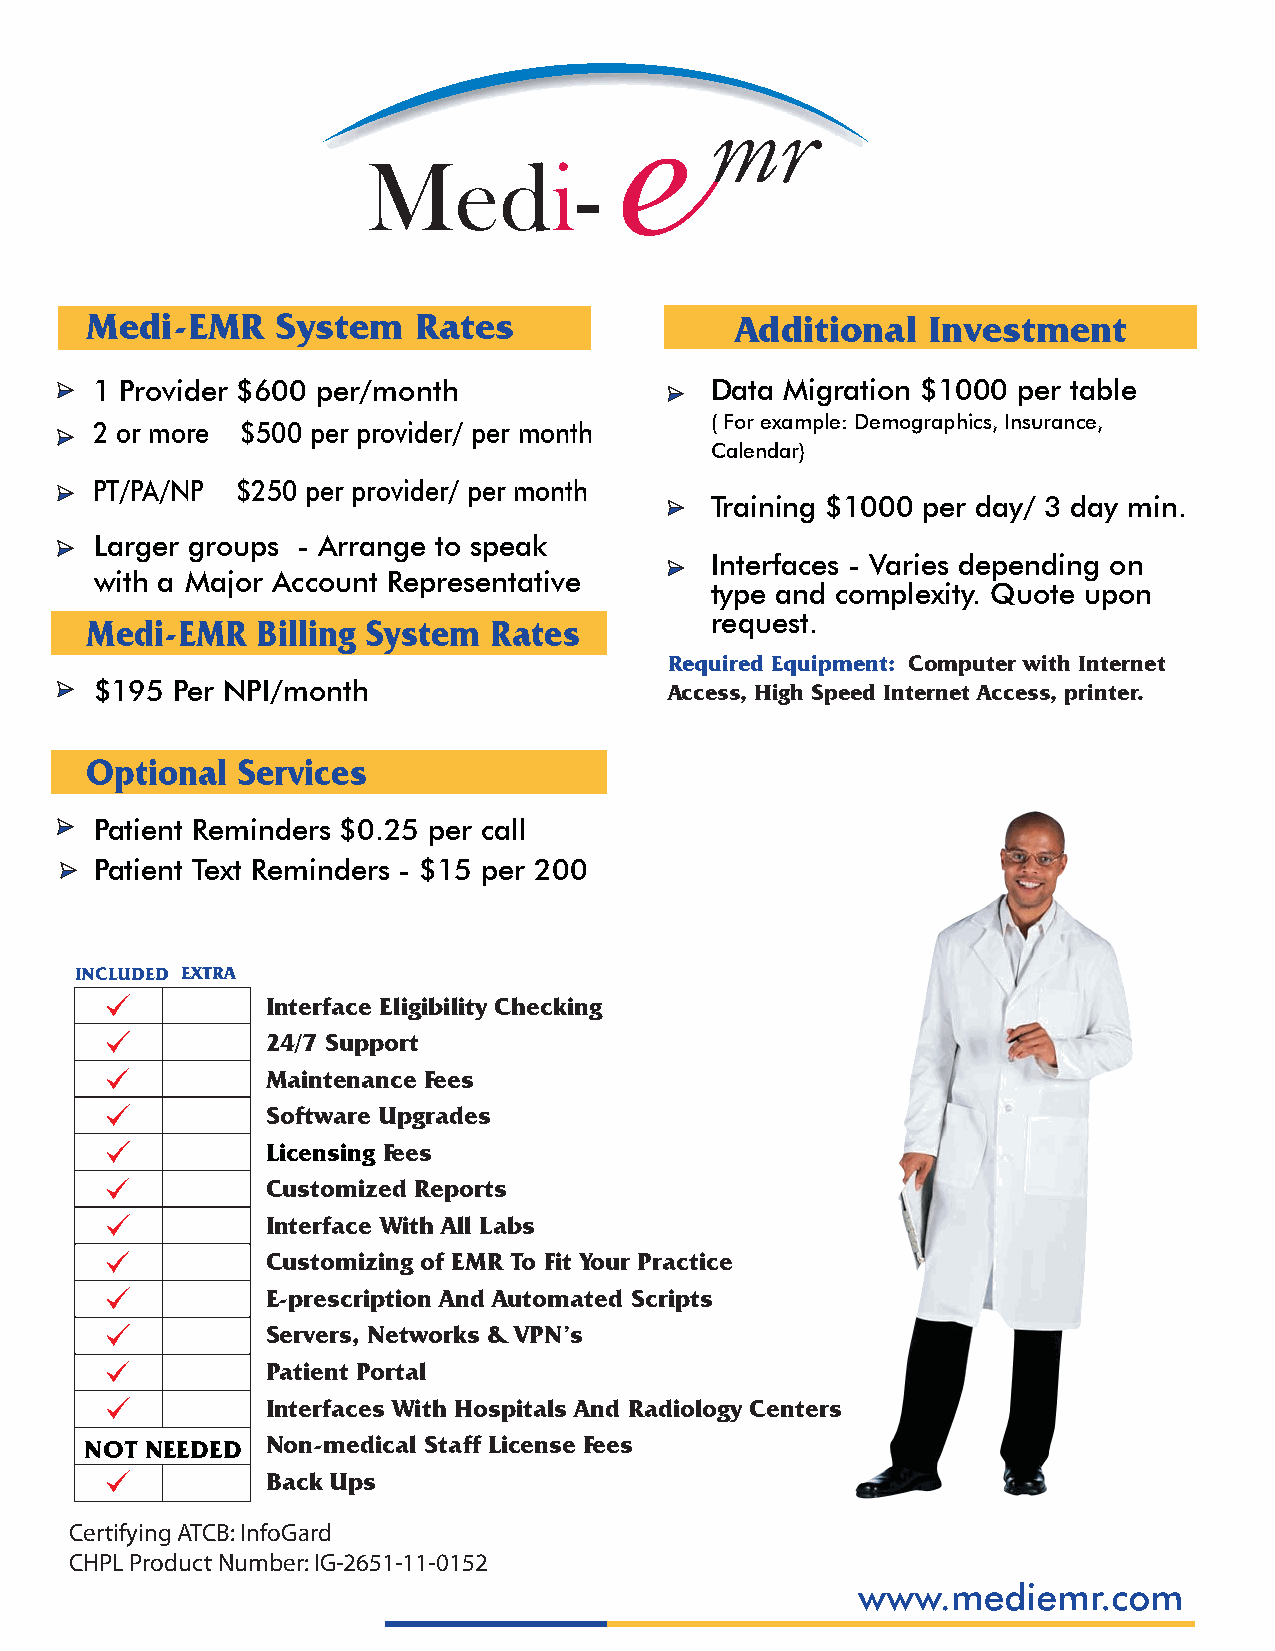
mr
 Medi-EMR    System   Rates                 Additional  Investment
 1 Provider $600 per/month                Data Migration $1000 per table
 ( For example: Demographics, Insurance,
 2 or more $500 per provider/ per month
 Calendar)
 PT/PA/NP  $250 per provider/ per month
 Training $1000 per day/ 3 day min.
 Larger groups - Arrange to speak
 Interfaces - Varies depending on
 with a Major Account Representative
 type and complexity. Quote upon
 Medi-EMR   Billing System Rates          request.
 Required Equipment: Computer with Internet
 $195 Per NPI/month                    Access, High Speed Internet Access, printer.
 Optional  Services
 Patient Reminders $0.25 per call
 Patient Text Reminders - $15 per 200
 INCLUDED EXTRA
 Interface Eligibility Checking
 24/7 Support
 Maintenance Fees
 Software Upgrades
 Licensing Fees
 Customized Reports
 Interface With All Labs
 Customizing of EMR To Fit Your Practice
 E-prescription And Automated Scripts
 Servers, Networks & VPN’s
 Patient Portal
 Interfaces With Hospitals And Radiology Centers
 NOT NEEDED  Non-medical Staff License Fees
 Back Ups
 Certifying ATCB: InfoGard
 CHPL Product Number: IG-2651-11-0152